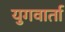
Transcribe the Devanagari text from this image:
युगवार्ता